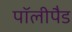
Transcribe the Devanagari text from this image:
पॉलीपैड